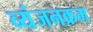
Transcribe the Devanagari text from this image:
व्यंजनक्रम